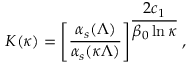
{ \cal K } ( \kappa ) = \left[ \frac { \alpha _ { s } ( \Lambda ) } { \alpha _ { s } ( \kappa \Lambda ) } \right] ^ { \displaystyle \frac { 2 c _ { 1 } } { \beta _ { 0 } \ln \kappa } } ,